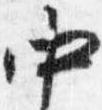
中